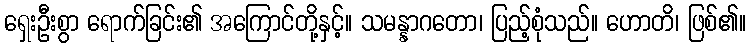
ရှေးဦးစွာ ရောက်ခြင်း၏ အကြောင်တို့နှင့်။ သမန္နာဂတော၊ ပြည့်စုံသည်။ ဟောတိ၊ ဖြစ်၏။